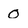
Character: 0